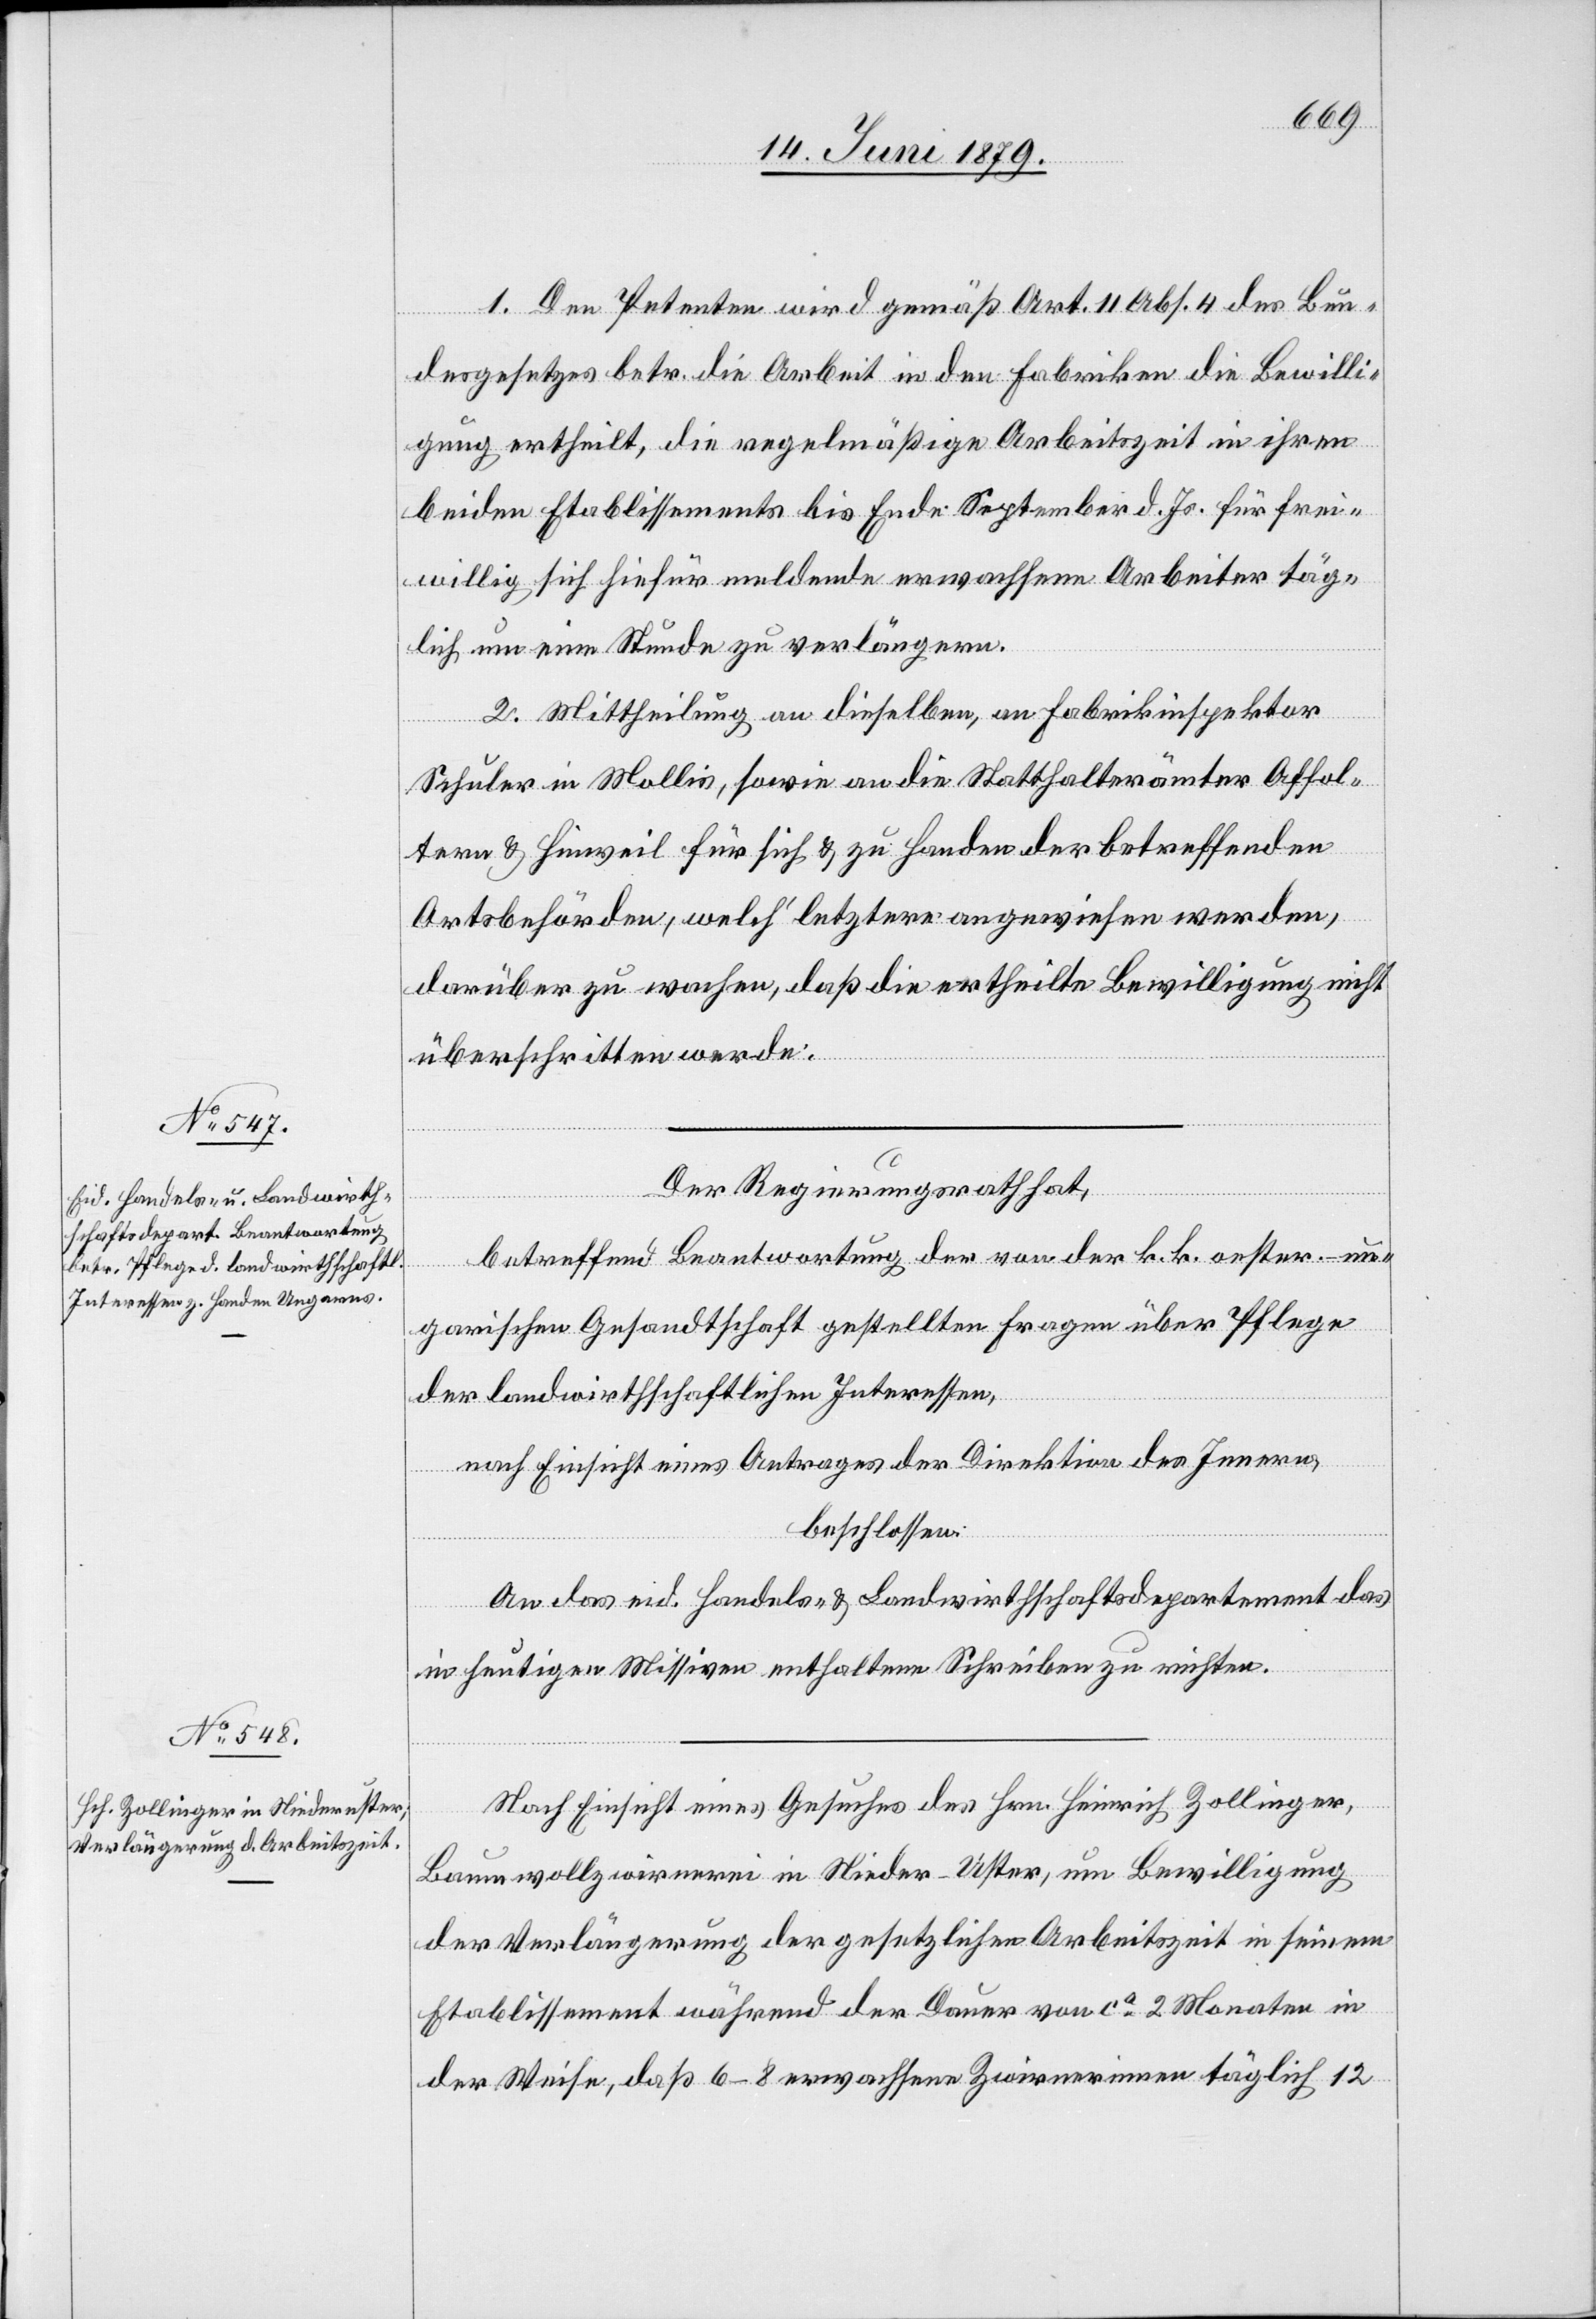
1. Den Petenten wird gemäß Art. 11 Abs. 4 des Bun¬
desgesetzes betr. die Arbeit in den Fabriken die Bewilli¬
gung ertheilt, die regelmäßige Arbeitszeit in ihren
beiden Etablissements bis Ende September d. Js. für frei¬
willig sich hiefür meldende erwachsene Arbeiter täg¬
lich um eine Stunde zu verlängern.
2. Mittheilung an dieselben, an Fabrikinspektor
Schuler in Mollis, sowie an die Statthalterämter Affol¬
tern & Hinweil für sich & zu Handen der betreffenden
Ortsbehörden, welch’ letztere angewiesen werden,
darüber zu wachen, daß die ertheilte Bewilligung nicht
überschritten werde.
Der Regierungsrath hat,
betreffend Beantwortung der von der k. k. oester.-un¬
garischen Gesandtschaft gestellten Fragen über Pflege
der landwirthschaftlichen Interessen,
nach Einsicht eines Antrages der Direktion des Innern,
beschlossen:
An das eid. Handels- & Landwirthschaftsdepartement das
in heutigen Missiven enthaltene Schreiben zu richten.
Nach Einsicht eines Gesuches des Hrn. Heinrich Zollinger,
Baumwollzwirnerei in Nieder-Uster, um Bewilligung
der Verlängerung der gesetzlichen Arbeitszeit in seinem
Etablissement während der Dauer von ca 2 Monaten in
der Weise, daß 6–8 erwachsene Zwirnerinnen täglich 12